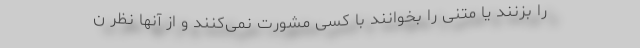
را بزنند یا متنی را بخوانند با کسی مشورت نمی‌کنند و از آنها نظر ن